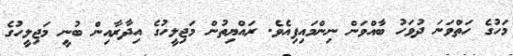
މަހުގެ ހަތްވަނަ ދުވަހު ބާއްވަން ނިންމައިފިއެވެ. ރައްޔިތުން މަޖިލީހުގެ އިދާރާއިން ބުނީ މަޖިލީހުގެ